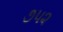
૭૫૨